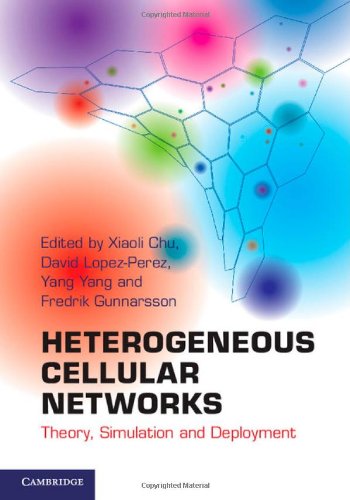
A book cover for Heterogeneous Cellular Networks: Theory, Simulation and Deployment; Crafts, Hobbies & Home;